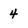
Character: 4